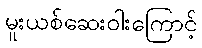
မူးယစ်ဆေးဝါးကြောင့်